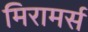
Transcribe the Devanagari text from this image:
मिरामर्स